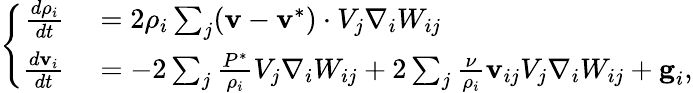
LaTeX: \left\{ \begin{array}{rl}{\frac{d\rho_{i}}{dt}}&{{}=2{\rho_{i}}\sum_{j}(\textbf{v}-\textbf{v}^{*})\cdot V_{j}\nabla_{i}W_{ij}}\\ {\frac{d\textbf{v}_{i}}{dt}}&{{}=-2\sum_{j}\frac{{P}^{*}}{\rho_{i}}V_{j}\nabla_{i}W_{ij}+2\sum_{j}\frac{\nu}{\rho_{i}}\textbf{v}_{ij}V_{j}\nabla_{i}W_{ij}+\textbf{g}_{i},}\end{array}\right.